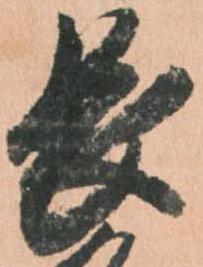
長